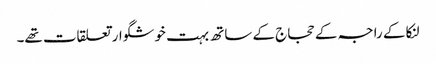
لنکا کے راجہ کے حجاج کے ساتھ بہت خوشگوار تعلقات تھے۔